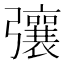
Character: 𢐿